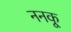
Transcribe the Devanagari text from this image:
ननकू